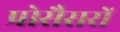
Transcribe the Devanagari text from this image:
प्रोसैसरों